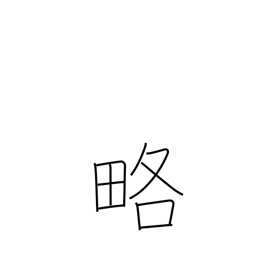
Meaning: outline